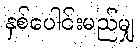
နှစ်ပေါင်းမည်မျှ